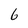
Character: 6